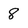
Character: 8